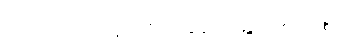
မဟုတ်လည်း နင်တို့က ချိန်းတွေ့ကြမှာပဲဥစ္စာ။